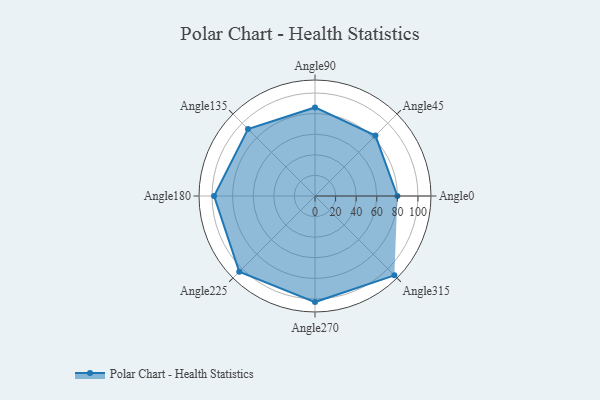
{"axis": {"x": "Angle", "y": "Radius"}, "legend": [""], "data": [{"x": "Angle0", "y": 80.0, "type": ""}, {"x": "Angle45", "y": 83.0, "type": ""}, {"x": "Angle90", "y": 86.0, "type": ""}, {"x": "Angle135", "y": 92.0, "type": ""}, {"x": "Angle180", "y": 98.0, "type": ""}, {"x": "Angle225", "y": 104.0, "type": ""}, {"x": "Angle270", "y": 103.0, "type": ""}, {"x": "Angle315", "y": 109.0, "type": ""}]}